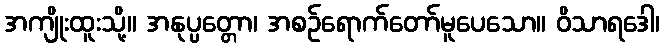
အကျိုးထူးသို့။ အနုပ္ပတ္တော၊ အစဉ်ရောက်တော်မူပေသော။ ဝိသာရဒေါ၊